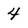
Character: 4